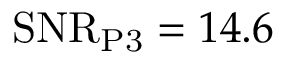
\mathrm { S N R } _ { \mathrm { P 3 } } = 1 4 . 6